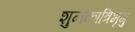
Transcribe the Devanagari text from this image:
शुनकात्रिभृगु